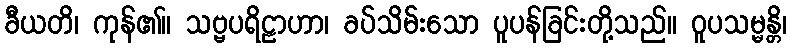
ခီယတိ၊ ကုန်၏။ သဗ္ဗပရိဠာဟာ၊ ခပ်သိမ်းသော ပူပန်ခြင်းတို့သည်။ ဝူပသမ္မန္တိ၊